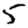
Digit: 5